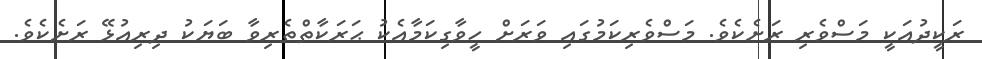
ރަކީދުއަކީ މަސްވެރި ރަށެކެވެ. މަސްވެރިކަމުގައި ވަރަށް ހީވާގިކަމާއެކު ޙަރަކާތްތެރިވާ ބަޔަކު ދިރިއުޅޭ ރަށެކެވެ.